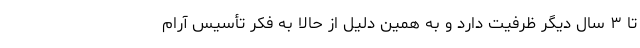
تا ۳ سال دیگر ظرفیت دارد و به همین دلیل از حالا به فکر تأسیس آرام